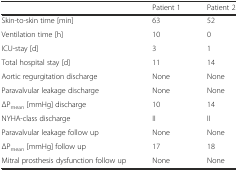
<table><thead><tr><td></td><td><b>Patient 1</b></td><td><b>Patient 2</b></td></tr></thead><tbody><tr><td>Skin-to-skin time [min]</td><td>63</td><td>52</td></tr><tr><td>Ventilation time [h]</td><td>10</td><td>0</td></tr><tr><td>ICU-stay [d]</td><td>3</td><td>1</td></tr><tr><td>Total hospital stay [d]</td><td>11</td><td>14</td></tr><tr><td>Aortic regurgitation discharge</td><td>None</td><td>None</td></tr><tr><td>Paravalvular leakage discharge</td><td>None</td><td>None</td></tr><tr><td>ΔP<sub>mean</sub> [mmHg] discharge</td><td>10</td><td>14</td></tr><tr><td>NYHA-class discharge</td><td>II</td><td>II</td></tr><tr><td>Paravalvular leakage follow up</td><td>None</td><td>None</td></tr><tr><td>ΔP<sub>mean</sub> [mmHg] follow up</td><td>17</td><td>18</td></tr><tr><td>Mitral prosthesis dysfunction follow up</td><td>None</td><td>None</td></tr></tbody></table>